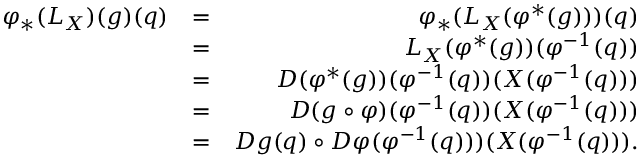
\begin{array} { r l r } { \varphi _ { * } ( L _ { X } ) ( g ) ( q ) } & { = } & { \varphi _ { * } ( L _ { X } ( \varphi ^ { * } ( g ) ) ) ( q ) } \\ & { = } & { L _ { X } ( \varphi ^ { * } ( g ) ) ( \varphi ^ { - 1 } ( q ) ) } \\ & { = } & { D ( \varphi ^ { * } ( g ) ) ( \varphi ^ { - 1 } ( q ) ) ( X ( \varphi ^ { - 1 } ( q ) ) ) } \\ & { = } & { D ( g \circ \varphi ) ( \varphi ^ { - 1 } ( q ) ) ( X ( \varphi ^ { - 1 } ( q ) ) ) } \\ & { = } & { D g ( q ) \circ D \varphi ( \varphi ^ { - 1 } ( q ) ) ) ( X ( \varphi ^ { - 1 } ( q ) ) ) . } \end{array}